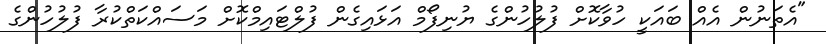
"އެތަނުން އެއް ބައަކީ ހުވާކޮށް ފުލުހުންގެ ޔުނިފޯމް އަޅައިގެން ފުލްޓައިމްކޮށް މަސައްކަތްކުރާ ފުލުހުންގެ